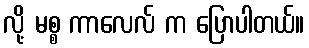
လို့ မစ္စ ကာလေလ် က ပြောပါတယ်။